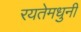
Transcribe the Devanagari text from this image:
रयतेमधुनी